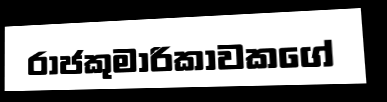
රාජකුමාරිකාවකගේ